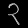
Digit: ၃